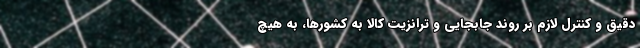
دقیق و کنترل لازم بر روند جابجایی و ترانزیت کالا به کشورها، به هیچ